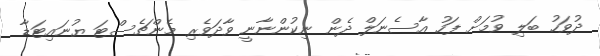
ދުވަހު ބަލި ވުމަށް ފަހު އާސެނަލް ދެން ނިކުންނާނީ ވާދަވެރި މެންޗެސްޓަ ޔުނައިޓަޑާ